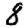
Digit: 8